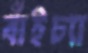
বাঁইচ্যা